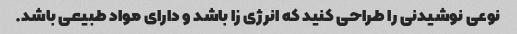
نوعی نوشیدنی را طراحی کنید که انرژی زا باشد و دارای مواد طبیعی باشد.